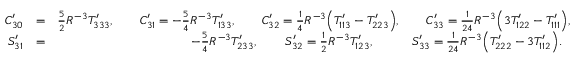
\begin{array} { r l r } { C _ { 3 0 } ^ { \prime } } & { = } & { { \textstyle \frac { 5 } { 2 } } R ^ { - 3 } { \cal T } _ { 3 3 3 } ^ { \prime } , \qquad C _ { 3 1 } ^ { \prime } = - { \textstyle \frac { 5 } { 4 } } R ^ { - 3 } { \cal T } _ { 1 3 3 } ^ { \prime } , \qquad C _ { 3 2 } ^ { \prime } = { \textstyle \frac { 1 } { 4 } } R ^ { - 3 } \Big ( { \cal T } _ { 1 1 3 } ^ { \prime } - { \cal T } _ { 2 2 3 } ^ { \prime } \Big ) , \qquad C _ { 3 3 } ^ { \prime } = { \textstyle \frac { 1 } { 2 4 } } R ^ { - 3 } \Big ( 3 { \cal T } _ { 1 2 2 } ^ { \prime } - { \cal T } _ { 1 1 1 } ^ { \prime } \Big ) , } \\ { S _ { 3 1 } ^ { \prime } } & { = } & { - { \textstyle \frac { 5 } { 4 } } R ^ { - 3 } { \cal T } _ { 2 3 3 } ^ { \prime } , \qquad \, S _ { 3 2 } ^ { \prime } = { \textstyle \frac { 1 } { 2 } } R ^ { - 3 } { \cal T } _ { 1 2 3 } ^ { \prime } , \qquad ~ ~ ~ S _ { 3 3 } ^ { \prime } = { \textstyle \frac { 1 } { 2 4 } } R ^ { - 3 } \Big ( { \cal T } _ { 2 2 2 } ^ { \prime } - 3 { \cal T } _ { 1 1 2 } ^ { \prime } \Big ) . ~ ~ } \end{array}